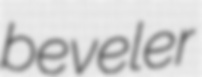
beveler